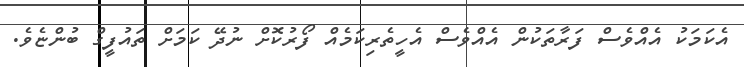
އެކަމަކު އެއްވެސް ފަރާތަކުން އެއްވެސް އެހީތެރިކަމެއް ފޯރުކޮށް ނުދޭ ކަމަށް ތައުފީގް ބުންޏެވެ.